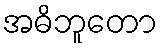
အဓိဘူတော